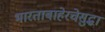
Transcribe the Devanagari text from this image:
भारताबाहेरचेसुद्धा